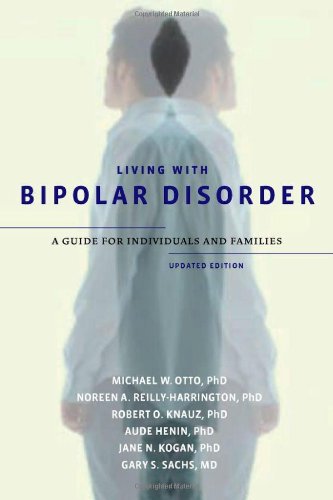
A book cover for Living with Bipolar Disorder: A Guide for Individuals and FamiliesUpdated Edition; Michael W. Otto; Health, Fitness & Dieting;